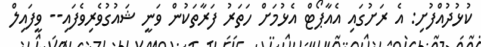
ކުޅުދުއްފުށި: އެ ރަށުގައި އެއާޕޯޓް އެޅުމަށް ހަތަރު ފަރާތަކުން ވަނީ ޝައުގުވެރިވެފައި-- ވީފައިލް